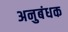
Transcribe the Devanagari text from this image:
अनुबंधक